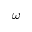
\omega